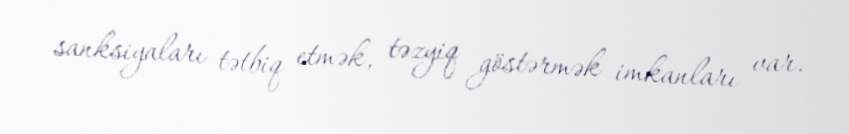
sanksiyaları tətbiq etmək, təzyiq göstərmək imkanları var.